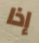
إذا